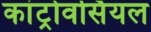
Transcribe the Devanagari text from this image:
कांट्रोवर्सियल